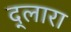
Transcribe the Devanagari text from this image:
द्लारा